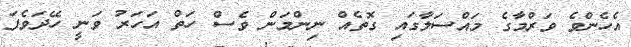
އެހެންވެ ވަރްމާގެ މައްސަލާގައި ގޮތެއް ނިންމަން ވެސް ހަތް އަހަރު ވަނީ ހޭދަވެފަ